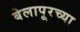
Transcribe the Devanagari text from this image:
बेलापूरच्या